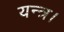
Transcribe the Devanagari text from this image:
यन्त्र।